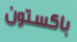
باكستون